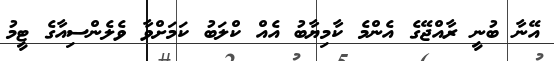
އޭނާ ބުނީ ރާއްޖޭގެ އެންމެ ކާމިޔާބު އެއް ކްލަބު ކަމަށްވާ ވެލެންސިއާގެ ޓީމު